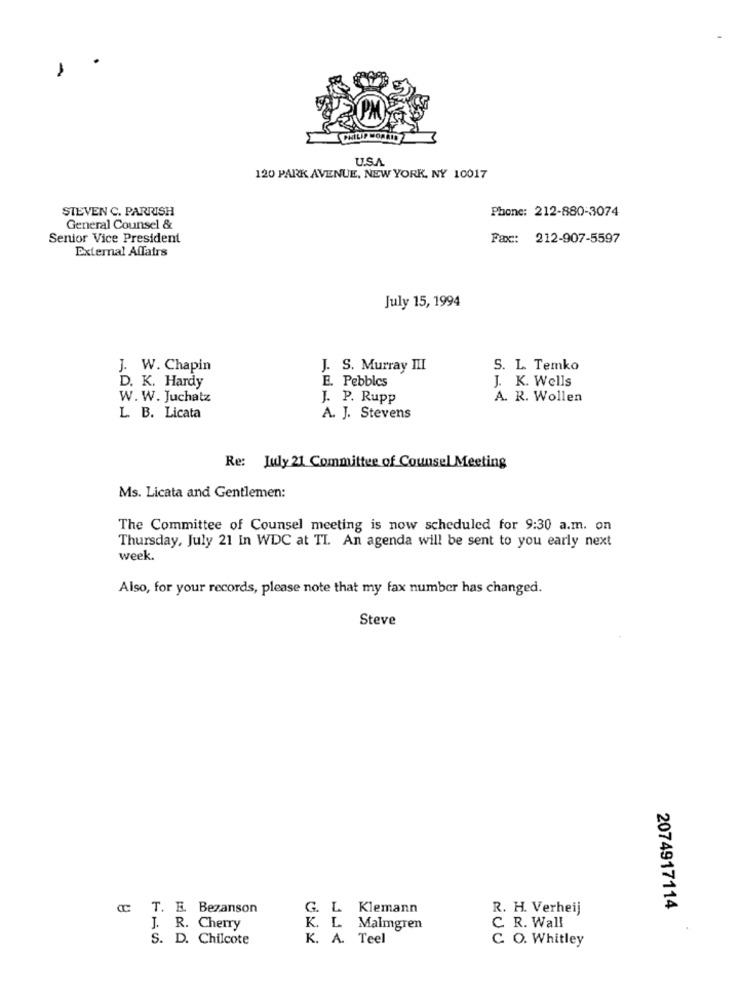
U.S.A.
120 PARK AVENUE, NEW YORK, NY 10017
STEVEN C. PARRISH
Phone: 212-880-3074
General Counsel &
Senior Vice President
Fax :: 212-907-5597
External Affairs
July 15, 1994
J. W. Chapin
J. S. Murray III
S. L. Temko
E. Pebbles
D. K. Hardy
J. K. Wells
W. W. Juchatz
J. P. Rupp
A. R. Wollen
L. B. Licata
A. J. Stevens
Re: July 21 Committee of Counsel Meeting
Ms. Licata and Gentlemen:
The Committee of Counsel meeting is now scheduled for 9:30 a.m. on
Thursday, July 21 In WDC at TI. An agenda will be sent to you early next
week.
Also, for your records, please note that my fax number has changed.
Steve
@ T. E. Bezanson
G. L Klemann
R. H. Verheij
2074917114
J. R. Cherry
K. L. Malmgren
C. R. Wall
S. D. Chilcote
K. A. Teel
C. O. Whitley